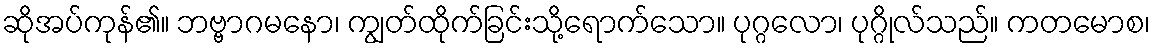
ဆိုအပ်ကုန်၏။ ဘဗ္ဗာဂမနော၊ ကျွတ်ထိုက်ခြင်းသို့ရောက်သော။ ပုဂ္ဂလော၊ ပုဂ္ဂိုလ်သည်။ ကတမောစ၊